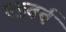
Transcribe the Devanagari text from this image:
एडवर्ब